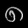
Digit: ၈